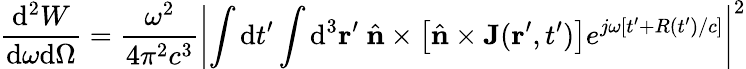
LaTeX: \frac{\mathrm{d}^{2}W}{\mathrm{d}\omega\mathrm{d}\Omega}=\frac{\omega^{2}}{4\pi^{2}c^{3}}\left|\int\mathrm{d}t^{\prime}\int\mathrm{d}^{3}{\mathbf r}^{\prime}\ {\hat{\mathbf{n}}}\times\left[{\hat{\mathbf{n}}}\times\mathbf{J}({\mathbf r}^{\prime},t^{\prime})\right]e^{j\omega[t^{\prime}+R(t^{\prime})/c]}\right|^{2}